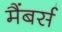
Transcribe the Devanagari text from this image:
मैंबर्स